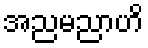
အညမညာဟိ